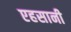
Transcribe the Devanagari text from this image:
एहसानी